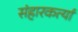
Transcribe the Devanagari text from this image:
संहारकर्त्या